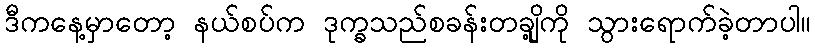
ဒီကနေ့မှာတော့ နယ်စပ်က ဒုက္ခသည်စခန်းတချို့ကို သွားရောက်ခဲ့တာပါ။